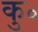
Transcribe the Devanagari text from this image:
कु॰